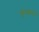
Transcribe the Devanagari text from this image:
सुमाने